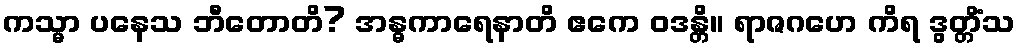
ကသ္မာ ပနေသ ဘီတောတိ? အန္ဓကာရေနာတိ ဧကေ ဝဒန္တိ။ ရာဇဂဟေ ကိရ ဒွတ္တိံသ